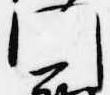
門